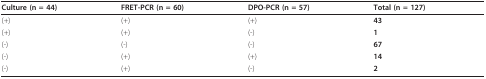
<table><thead><tr><td><b>Culture (n = 44)</b></td><td><b>FRET-PCR (n = 60)</b></td><td><b>DPO-PCR (n = 57)</b></td><td><b>Total (n = 127)</b></td></tr></thead><tbody><tr><td>(+)</td><td>(+)</td><td>(+)</td><td><b>43</b></td></tr><tr><td>(+)</td><td>(+)</td><td>(-)</td><td><b>1</b></td></tr><tr><td>(-)</td><td>(-)</td><td>(-)</td><td><b>67</b></td></tr><tr><td>(-)</td><td>(+)</td><td>(+)</td><td><b>14</b></td></tr><tr><td>(-)</td><td>(+)</td><td>(-)</td><td><b>2</b></td></tr></tbody></table>